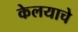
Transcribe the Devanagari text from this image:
केलयाचे